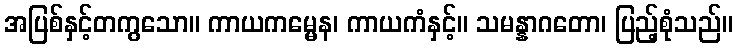
အပြစ်နှင့်တကွသော။ ကာယကမ္မေန၊ ကာယကံနှင့်။ သမန္နာဂတော၊ ပြည့်စုံသည်။